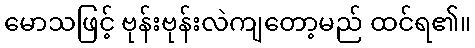
မောသဖြင့် ဗုန်းဗုန်းလဲကျတော့မည် ထင်ရ၏။